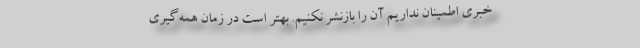
خبری اطمینان نداریم آن را بازنشر نکنیم. بهتر است در زمان همه‌گیری